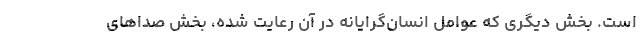
است. بخش دیگری که عوامل انسان‌گرایانه در آن رعایت شده، بخش صداهای